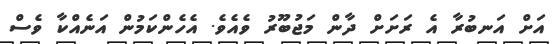
އަށް އަނބުރާ އެ ރަށަށް ދާން މަޖުބޫރު ވެއެވެ. އެހެންކަމުން އަނެއްކާ ވެސް